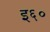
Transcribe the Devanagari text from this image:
इ६०